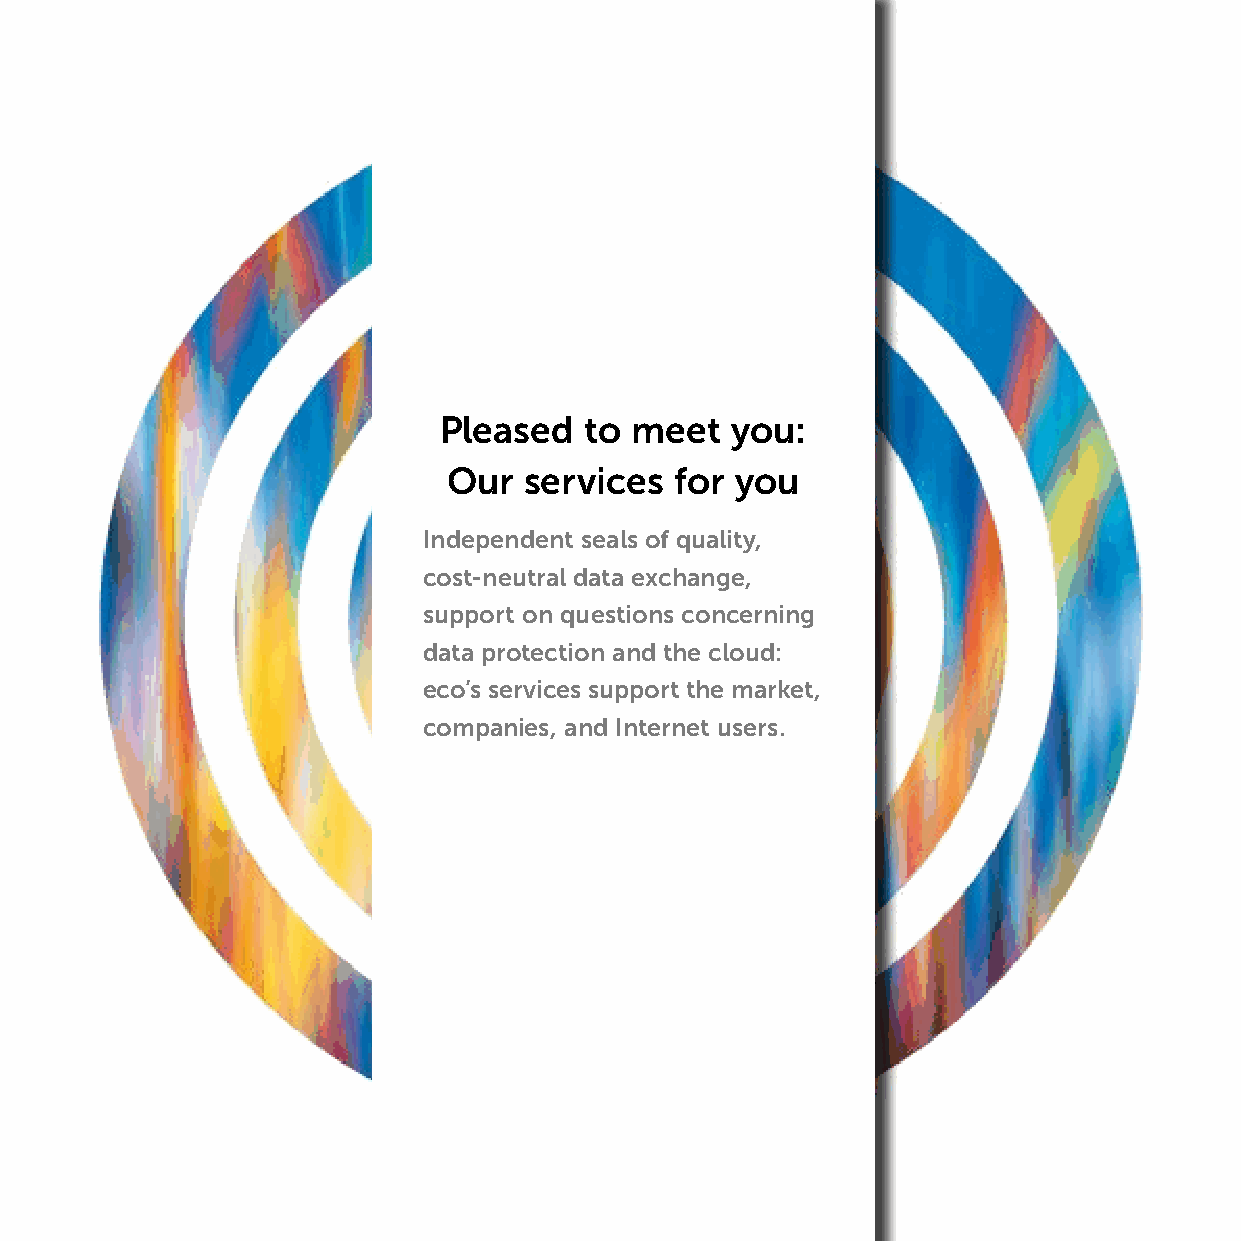
Pleased   to meet  you:
 Our  services  for you
 Independent seals of quality,
 cost-neutral data exchange,
 support on questions concerning
 data protection and the cloud:
 eco’s services support the market,
 companies, and Internet users.